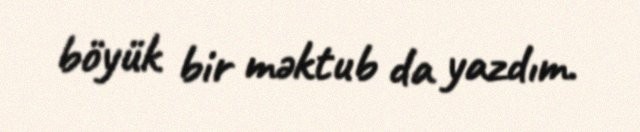
böyük bir məktub da yazdım.